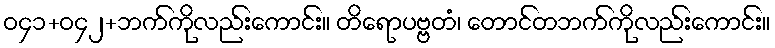
ဝ၄၁+ဝ၄၂+ဘက်ကိုလည်းကောင်း။ တိရောပဗ္ဗတံ၊ တောင်တဘက်ကိုလည်းကောင်း။